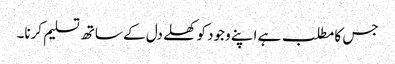
جس کا مطلب ہے اپنے وجود کو کھلے دل کے ساتھ تسلیم کرنا۔